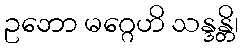
ဥဘော မဂ္ဂေဟိ သန္ဒန္တိ၊